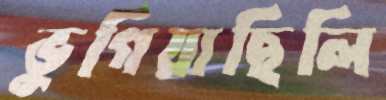
ভুগিয়াছিলি